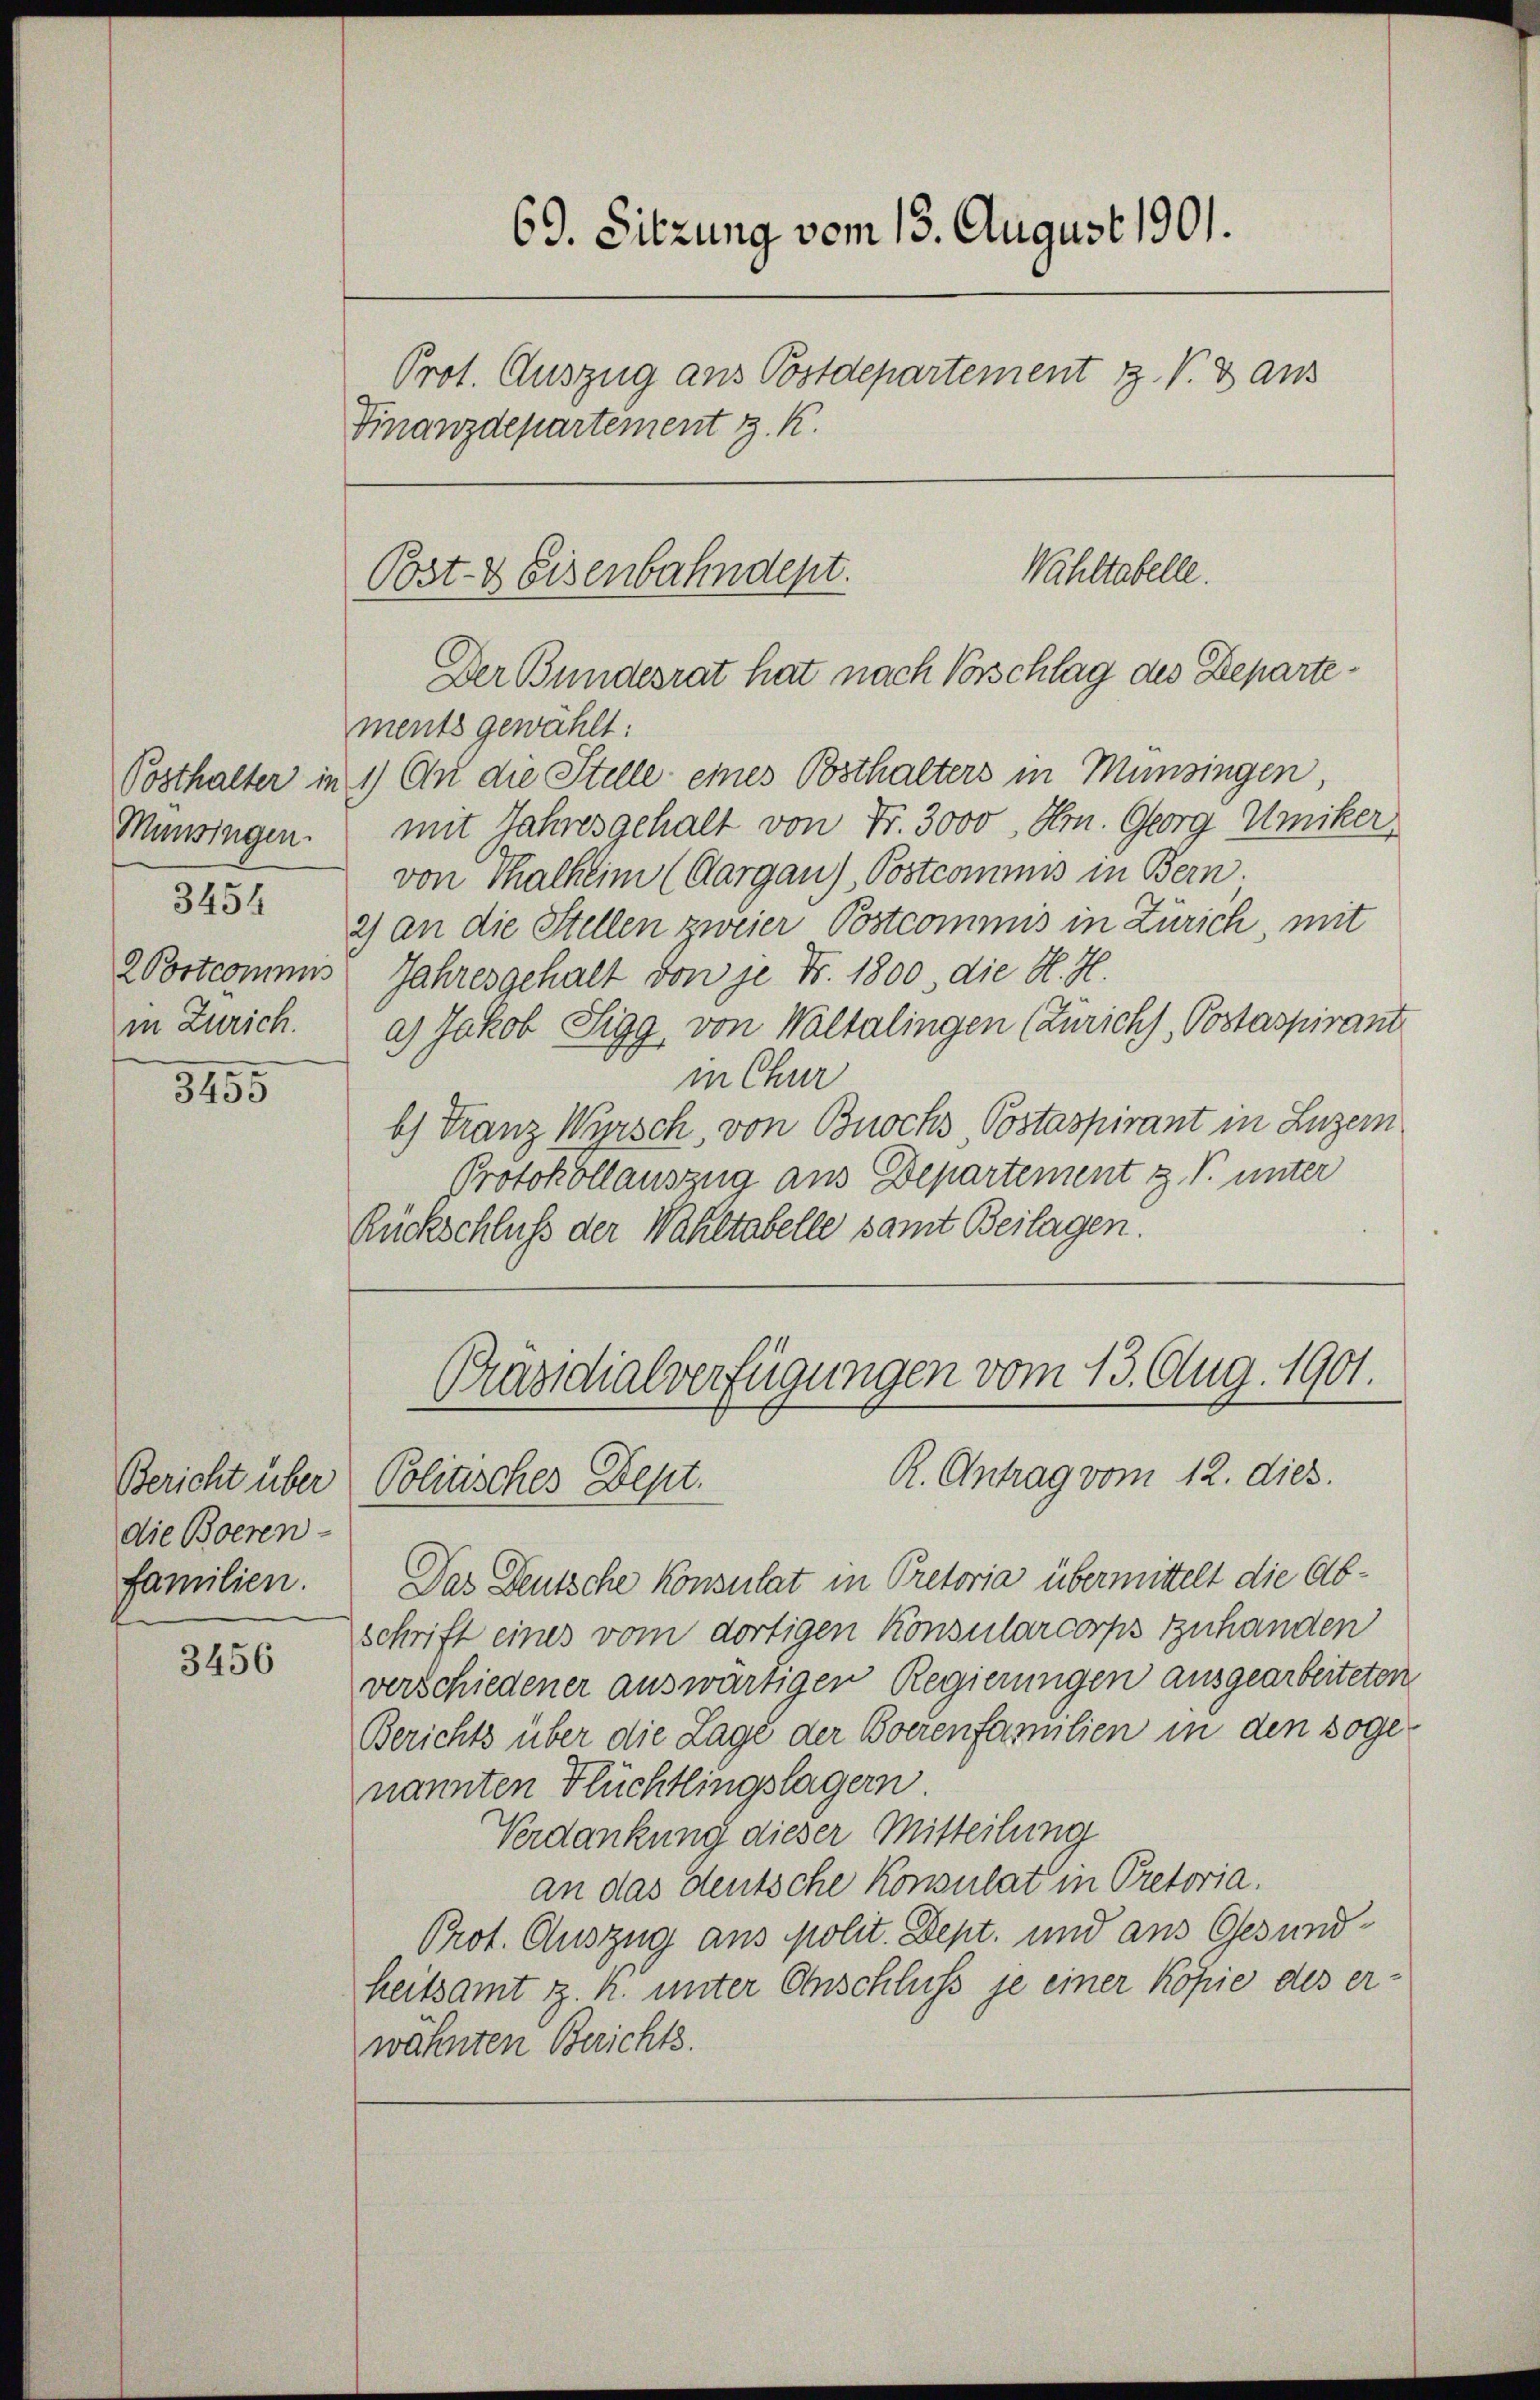
Munsingen.
2 Postcommis
in Zürich.

3455

Bericht über
die Boeren-
familien.

3456

69. Sitzung vom 13. August 1901.
Prot. Auszug aus Postdepartement J. V. 3 aus
Finanzdepartement z. K.

ments gewählt:
Posthalter in 1) An die Stelle eines Bosthalters in Münsingen
mit Jahresgehalt von Fr. 3000, Hrn. Georg Umiker
von Thalheim (Aargau), Postcommis in Bern.
3432) an die Stellen zweier Postcommis in Zürich, mit
Jahresgehalt von je Nr. 1800, die H. H.
a) Jakob Sigg, von Waltalingen (Zürichs, Postaspirant
in Chur
b) Franz Wursch, von Buochs Postaspirant in Luzern
Protokollauszug aus Departement z. P. unter
Rückschluß der Wahltabelle samt Beilagen.

Wahltabelle.
Post- & Eisenbahndept.
Der Bundesrat hat nach Vorschlag des Departe¬

Präsidialverfügungen vom 13. Aug. 1901.
R. Antrag vom 12. dies.
Politisches Dept.

Das Deutsche Konsulat in Pretoria übermittelt die Abschrift eines vom dortigen Konsularcorps zuhanden
verschiedener auswärtigen Regierungen ausgearbeiteten
Berichts über die Lage der Boerenfamilien in den soge-
nannten Flüchtlingslagern.
Verdankung dieser Mitteilung
an das deutsche Konsulat in Pretoria.
Prot. Auszug aus polit. Dept. und aus Gesundheitsamt z. K. unter Anschluss je einer Kopie des erwähnten Berichts.